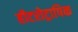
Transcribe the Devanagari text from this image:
हीटरोट्रापिक